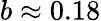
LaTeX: b\approx 0.18